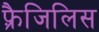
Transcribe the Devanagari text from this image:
फ़्रैजिलिस